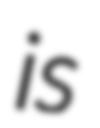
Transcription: is